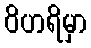
ဝိဟရိမှာ